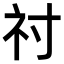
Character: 𥘑